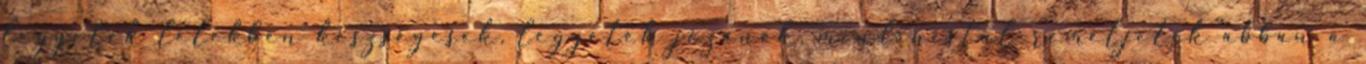
legyetek lélekben készségesek, legyetek józanok, mindenestül reméljetek abban a